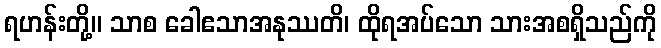
ရဟန်းတို့။ သာစ ခေါဧသာအနုဿတိ၊ ထိုရအပ်သော သားအစရှိသည်ကို